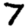
Digit: 7